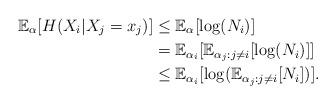
LaTeX: \begin{align*} \mathbb{E}_{\alpha}[H(X_i|X_j=x_j )] &\leq \mathbb{E}_{\alpha}[ \log(N_i)]\\ &= \mathbb{E}_{\alpha_i}[ \mathbb{E}_{\alpha_j:j \ne i}[\log(N_i)]] \\ &\leq \mathbb{E}_{\alpha_i}[ \log(\mathbb{E}_{\alpha_j:j \ne i}[N_i])]. \end{align*}